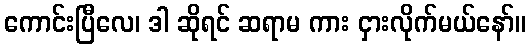
ကောင်းပြီလေ၊ ဒါ ဆိုရင် ဆရာမ ကား ငှားလိုက်မယ်နော်။